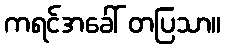
ကရင်အခေါ် တပြသာ။